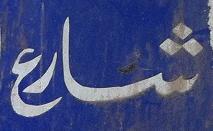
شارع